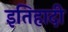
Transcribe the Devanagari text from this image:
इतिहादी